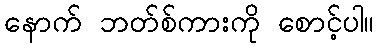
နောက် ဘတ်စ်ကားကို စောင့်ပါ။